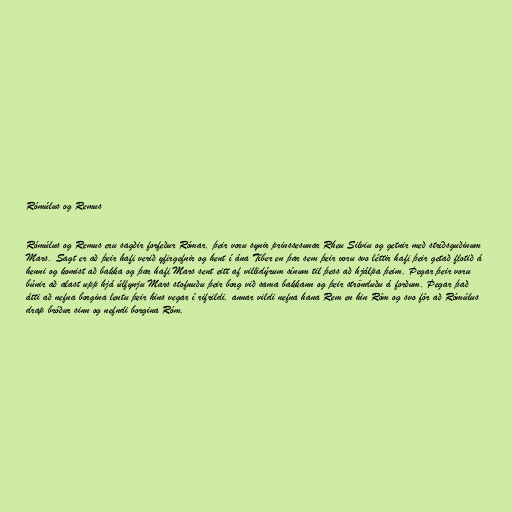
Rómúlus og Remus

Rómúlus og Remus eru sagðir forfeður Rómar, þeir voru synir prinssesunar Rheu Silviu og getnir með stríðsguðinum
Mars. Sagt er að þeir hafi verið yfirgefnir og hent í ána Tíber en þar sem þeir voru svo léttir hafi þeir getað flotið á
henni og komist að bakka og þar hafi Mars sent eitt af villidýrum sínum til þess að hjálpa þeim. Þegar þeir voru
búnir að alast upp hjá úlfynju Mars stofnuðu þeir borg við sama bakkann og þeir strönduðu á forðum. Þegar það
átti að nefna borgina lentu þeir hins vegar í rifrildi, annar vildi nefna hana Rem en hin Róm og svo fór að Rómúlus
drap bróður sinn og nefndi borgina Róm.